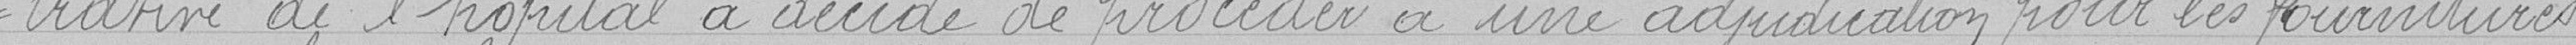
trative de l'hôpital a décidé de procéder à une adjudication pour les fournitures